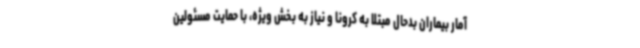
آمار بیماران بدحال مبتلا به کرونا و نیاز به بخش ویژه، با حمایت مسئولین